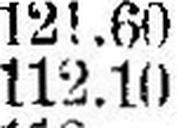
112.10